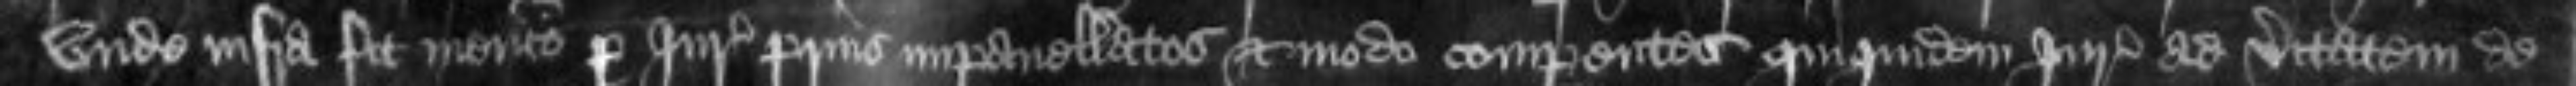
unde infra fit mencio per Juratores prius impanellatos et modo comparentes quiquidem Juratores ad veritatem de